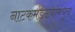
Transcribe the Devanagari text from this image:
नाटकमंडळ्यांमधून